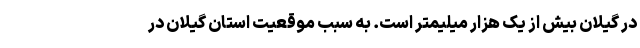
در گیلان بیش از یک هزار میلیمتر است. به سبب موقعیت استان گیلان در